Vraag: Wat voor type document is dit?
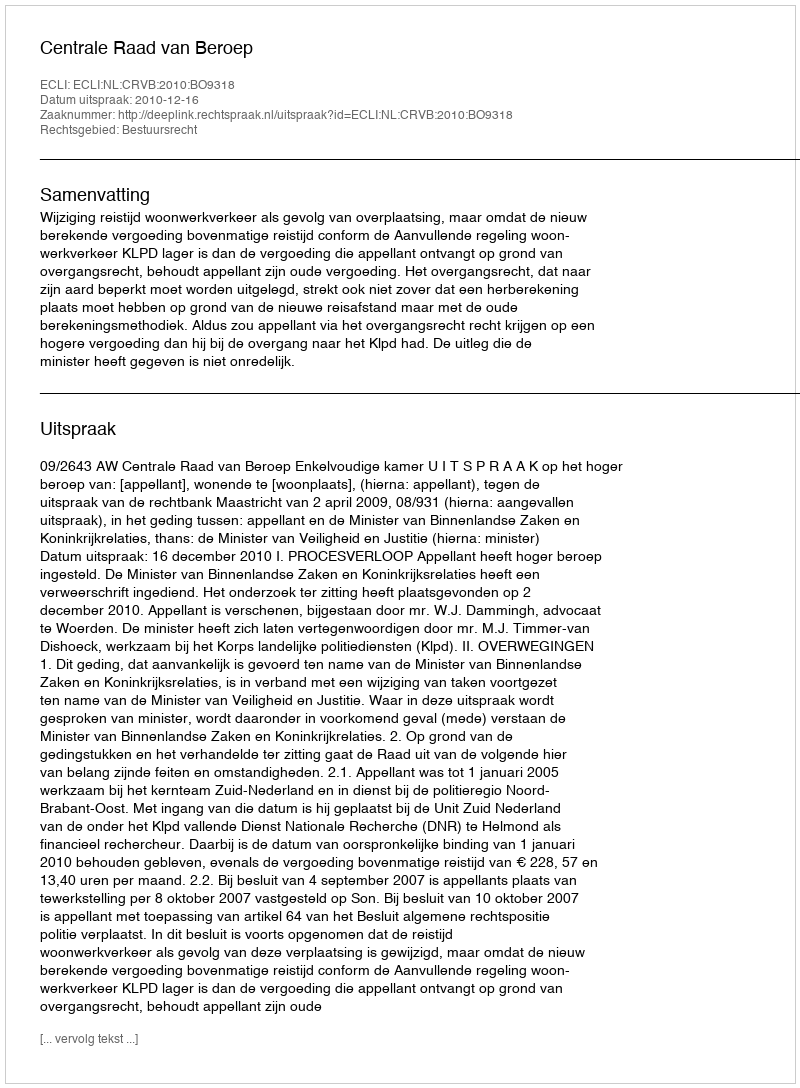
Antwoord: Uitspraak